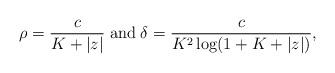
LaTeX: \begin{align*}\rho = \frac{c}{K+|z|}\;{\rm and}\; \delta = \frac{c}{K^2\log(1+K+|z|)},\end{align*}